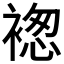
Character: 𧛤